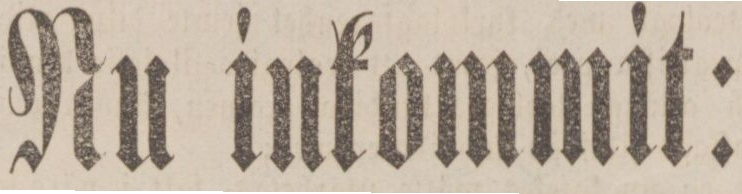
Nu inkommit: